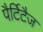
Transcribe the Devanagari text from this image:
पैर्टिटैज